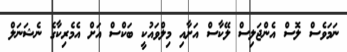
ނަމަވެސް ލޮސް އެންޖަލިސް ލޭކާސް އަށާއި މިލްވައުކީ ބަކްސް އަށް އެމެރިކާގެ ނެޝަނަލް